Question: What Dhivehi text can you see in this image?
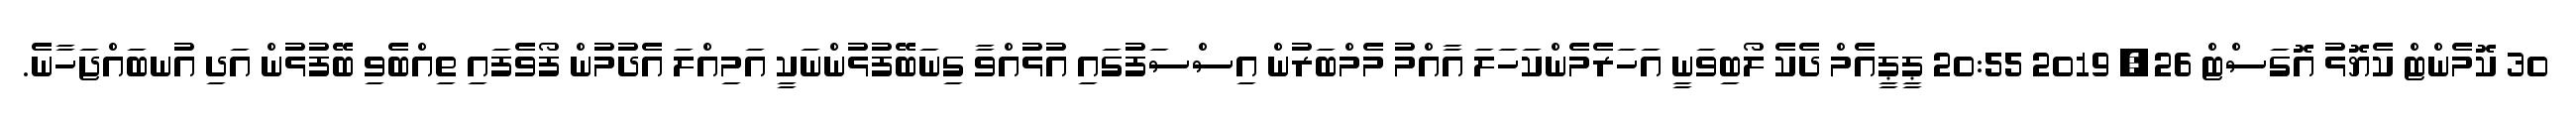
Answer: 30 ކޮމެންޓް ކެޔޮޅު އޮގަސްޓް 26, 2019 20:55 ޕީޕީއެމް ދެކެ ލޯބިވަނީ އަހަރެމެންކަހަލަ އާއްމު މެމްބަރުން އިސްސަފުގައި އުޅުއްވާ ގިނަބޭފުޅުންނަކީ އަމިއްލަ އެދުމުން ފޯވެފައި ތިއްބެވި ބޭފުޅުން އަދި އުނބައްޖަހާނެ.